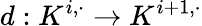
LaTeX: d:K^{i,\cdot}\to K^{i+1,\cdot}